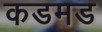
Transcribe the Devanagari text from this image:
कडमड